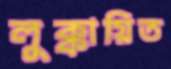
লুক্কায়িত